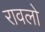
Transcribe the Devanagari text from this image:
रावलो